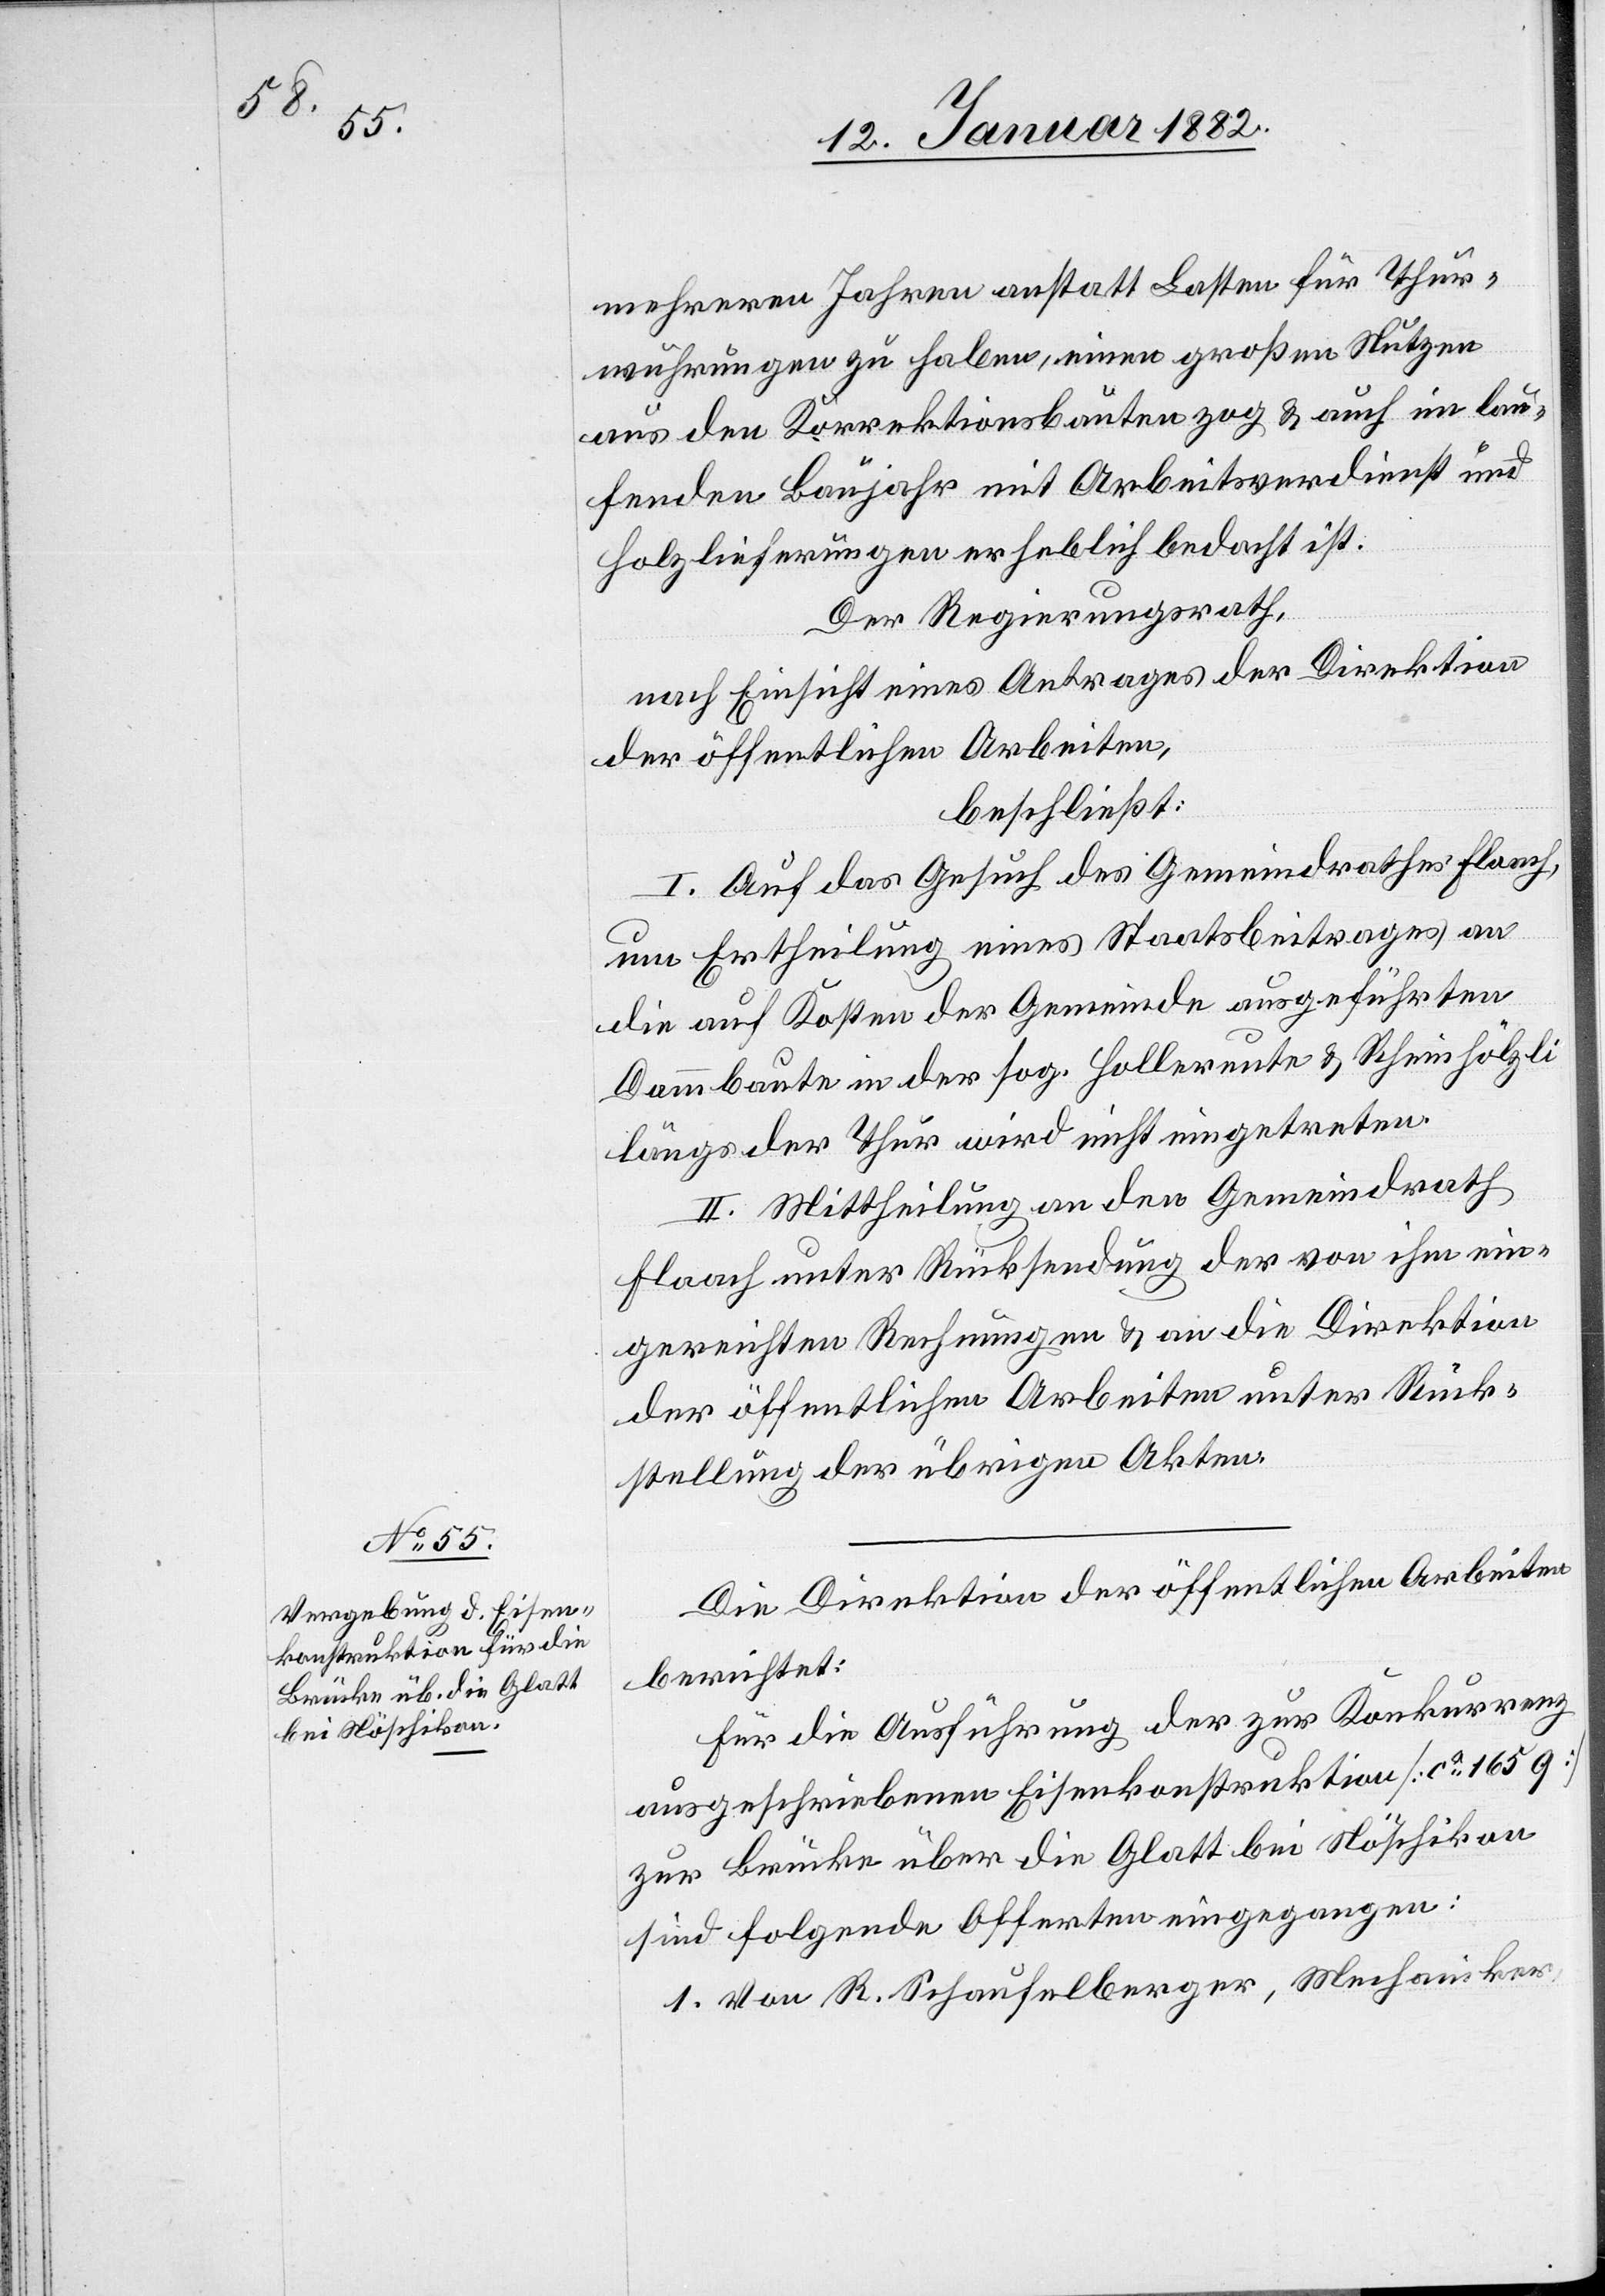
mehreren Jahrten anstatt Lasten für Thur¬
wuhrungen zu haben, einen großen Nutzen
aus den Korrektionsarbeiten zog & auch im lau¬
fenden Baujahr mit Arbeitsverdienst und
Holzlieferungen erheblich bedacht ist.
Der Regierungsrath,
nach Einsicht eines Antrages der Direktion
der öffentlichen Arbeiten,
beschließt:
I. Auf das Gesuch des Gemeindrathes Flaach,
um Ertheilung eines Staatsbeitrages an
die auf Kosten der Gemeinde ausgeführten
Dammbaute in der sog. Hollereute & Rheinhölzli
längs der Thur wird nicht eingetreten.
II. Mittheilung an den Gemeindrath
Flaach unter Rücksendung der von ihm ein¬
gereichten Rechnungen & an die Direktion
der öffentlichen Arbeiten unter Rück¬
stellung der übrigen Akten.
Die Direktion der öffentlichen Arbeiten
berichtet:
Für die Ausführung der zur Konkurrenz
ausgeschriebenen Eisenkonstruktion [ca 165 q]
zur Brücke über die Glatt bei Nöschikon
sind folgende Offerten eingegangen:
1. von R. Schaufelberger, Mechaniker,